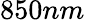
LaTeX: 850nm